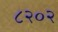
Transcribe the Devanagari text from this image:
८२०२